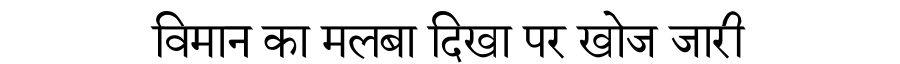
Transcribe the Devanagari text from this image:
विमान का मलबा दिखा पर खोज जारी